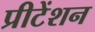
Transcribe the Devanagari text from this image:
प्रीटेंशन